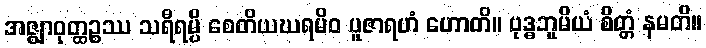
အဇ္ဈာဝုတ္ထဉ္စဿ သရီရမ္ပိ စေတိယဃရမိဝ ပူဇာရဟံ ဟောတိ။ ဗုဒ္ဓဘူမိယံ စိတ္တံ နမတိ။